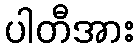
ပါတီအား